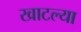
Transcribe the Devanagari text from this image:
खाटल्या